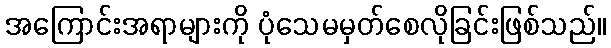
အကြောင်းအရာများကို ပုံသေမမှတ်စေလိုခြင်းဖြစ်သည်။